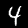
Label: 4